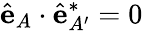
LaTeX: \hat{\mathbf{e}}_{A}\cdot\hat{\mathbf{e}}_{A^{\prime}}^{\ast}=0